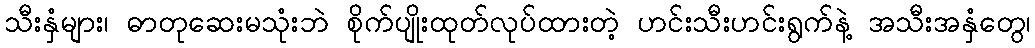
သီးနှံများ၊ ဓာတုဆေးမသုံးဘဲ စိုက်ပျိုးထုတ်လုပ်ထားတဲ့ ဟင်းသီးဟင်းရွက်နဲ့ အသီးအနှံတွေ၊